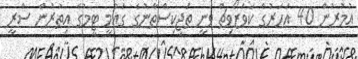
އުމުރުން 40 އަހަރުގެ ކަވަޒޯވިޗް ވަނީ ތަޖިކިސްތާނުގެ ގައުމީ ޓީމުގެ އިތުރުން ސްރީ